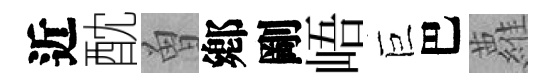
近酖曽鄕剛峿巨巴蘿